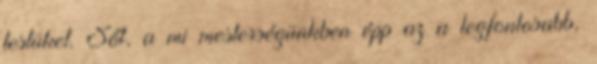
testüket. Sőt, a mi mesterségünkben épp az a legfontosabb,